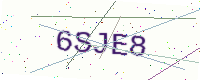
Text: 6SJE8